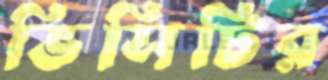
ভিসিটির